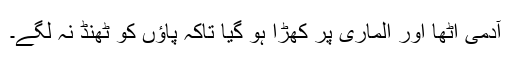
آدمی اٹھا اور الماری پر کھڑا ہو گیا تاکہ پاؤں کو ٹھنڈ نہ لگے۔